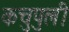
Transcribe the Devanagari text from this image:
कचुपुली